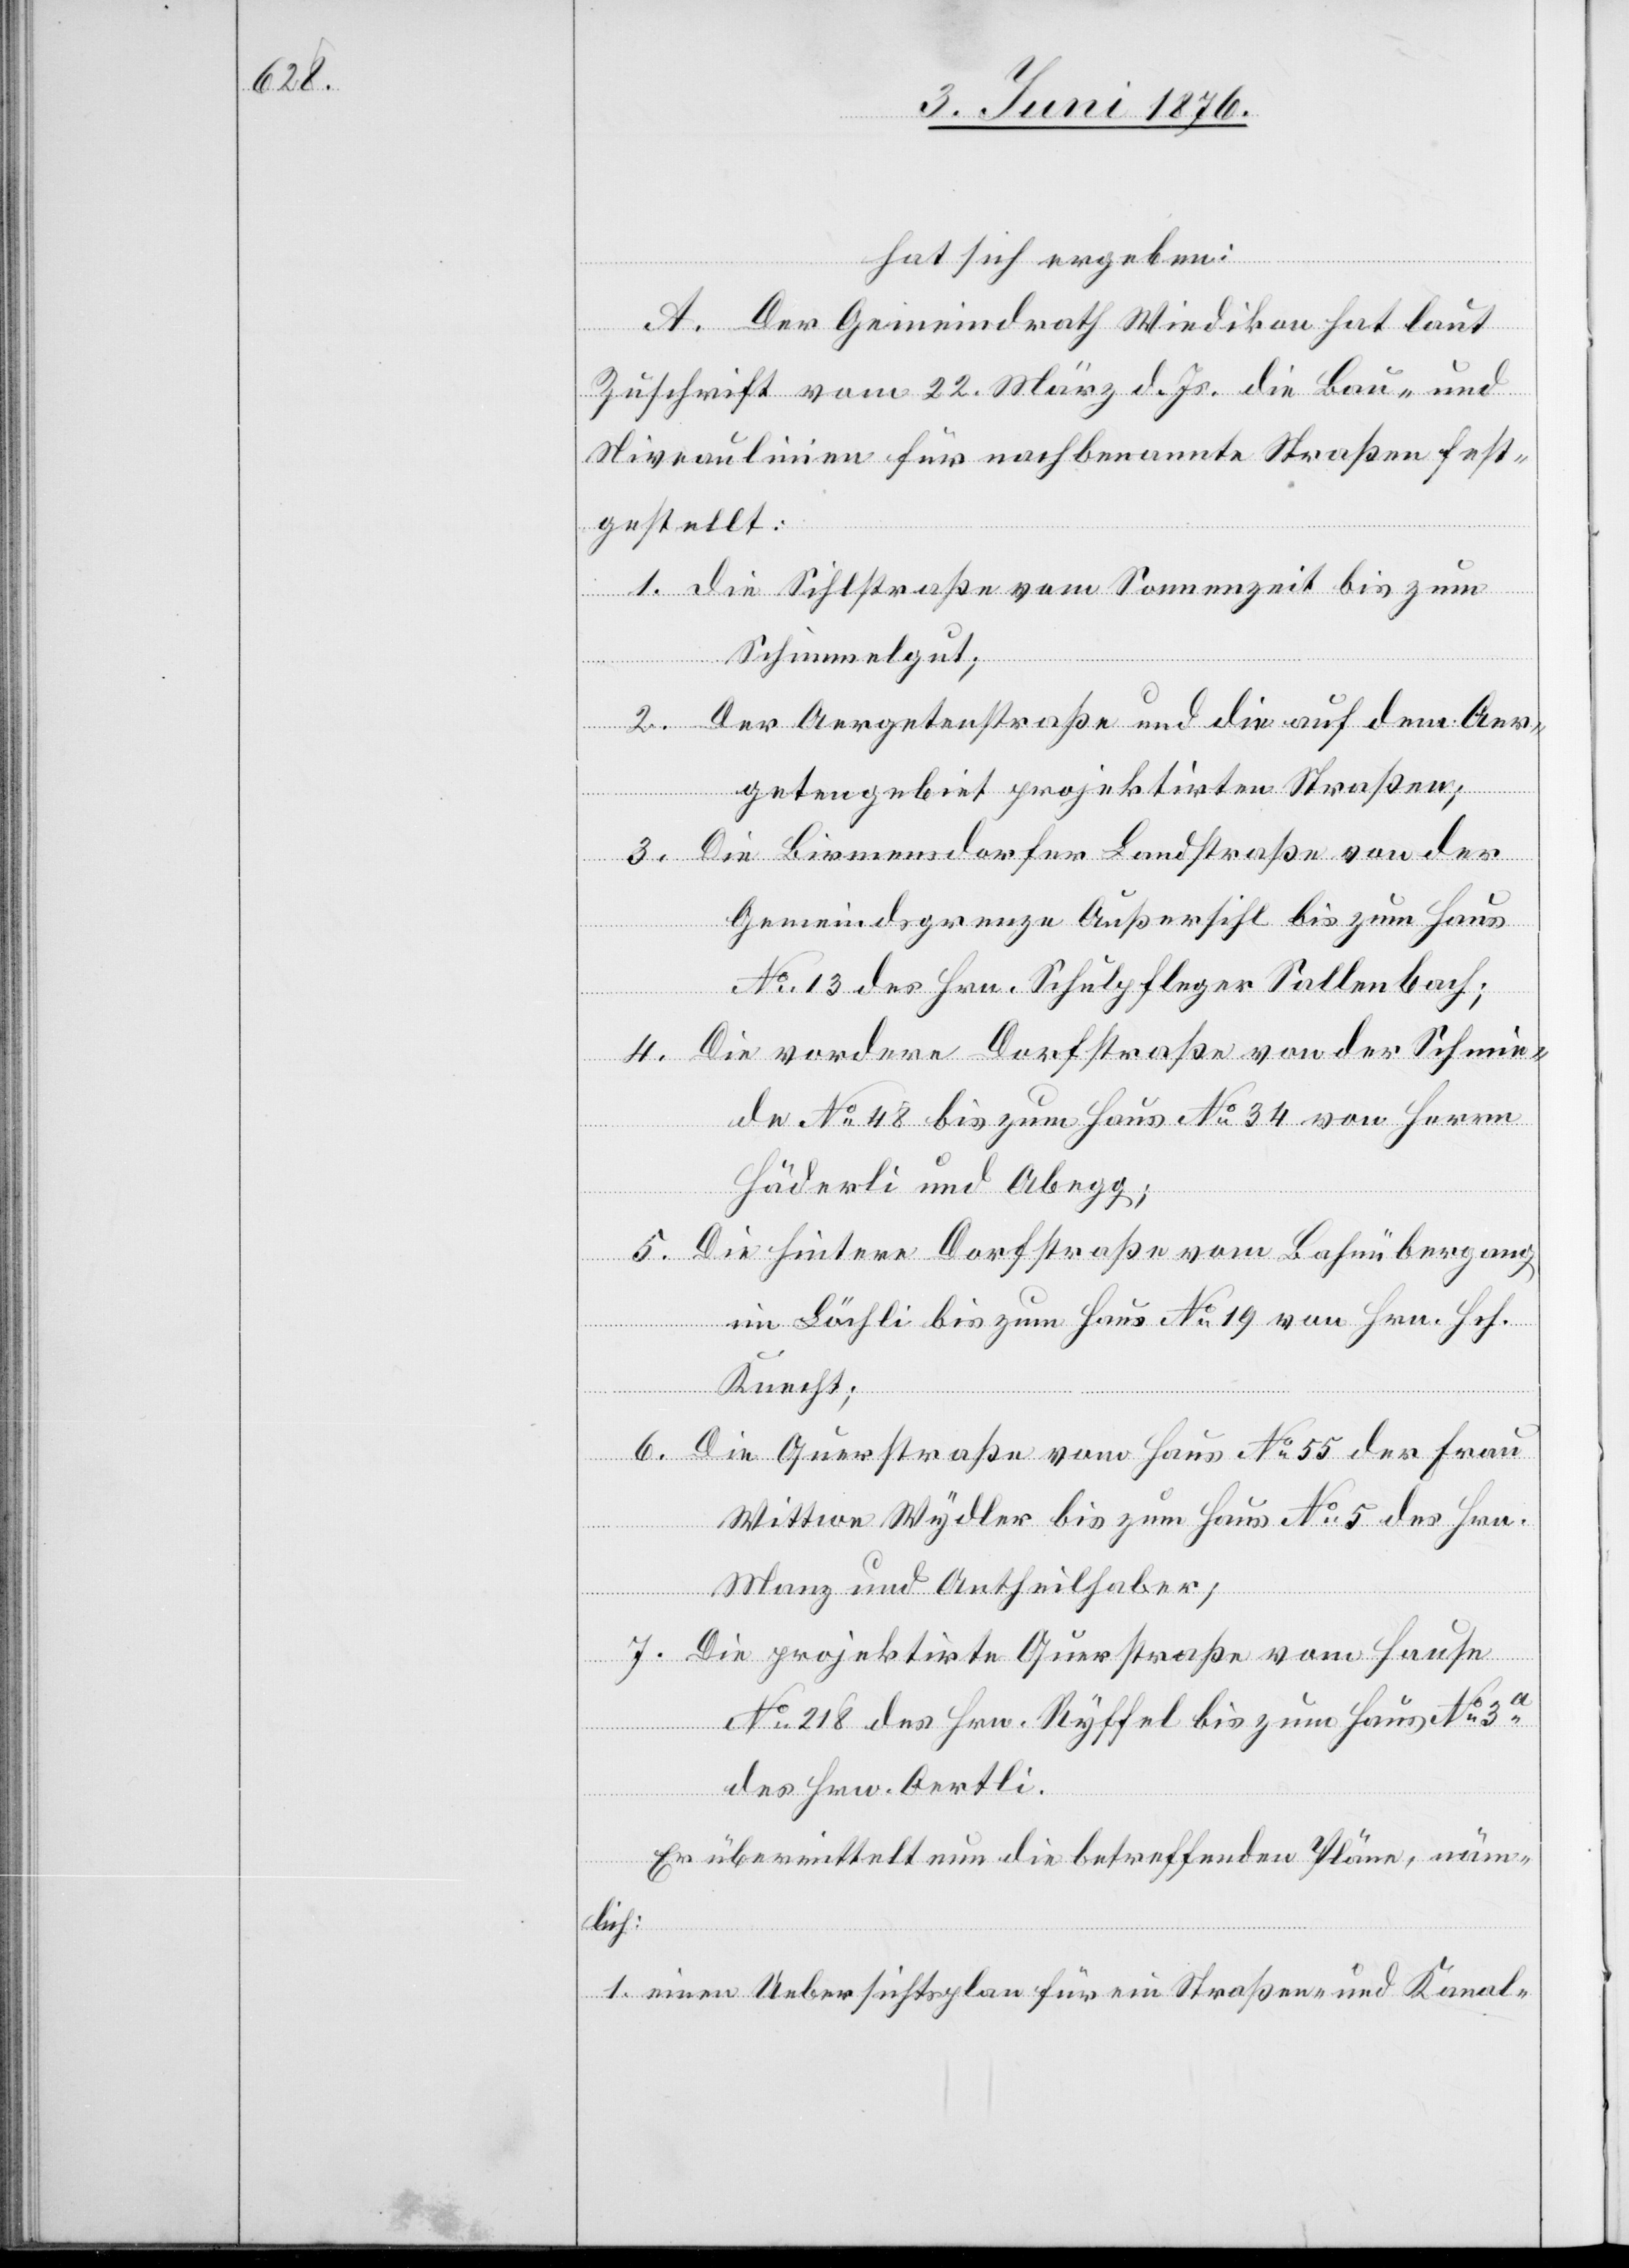
hat sich ergeben:
A. Der Gemeindrath Wiedikon hat laut
Zuschrift vom 22. März d. Js. die Bau- und
Niveaulinien für nachbenannte Straßen fest¬
gestellt:
1. die Sihlstraße vom Sonnenzeit bis zum
Schimmelgut;
2. Der Aergetenstraße und die auf dem Aer¬
getengebiet projektirten Straßen;
3. Die Birmensdorfer Landstraße von der
Gemeindsgrenze Außersihl bis zum Haus
No 13 des Hrn. Schulpfleger Sallenbach;
4. Die vordere Dorfstraße von der Schmie¬
de No 48 bis zum Haus No 34 von Herrn
Häderli und Abegg;
5. Die hintere Dorfstraße vom Bahnübergang
im Löchli bis zum Haus No 19 von Hrn. Hch.
Knecht;
6. Die Querstraße vom Haus No 55 der Frau
Wittwe Wydler bis zum Haus No 5 des Hrn.
Manz und Antheilhaber;
7. Die projektirte Querstraße vom Hause
No 218 des Hrn. Ryffel bis zum Haus No 3a
des Hrn. Oertli.
Es übermittelt nun die betreffenden Pläne, näm¬
lich:
1. einen Uebersichtsplan für ein Straßen- und Kanal-